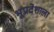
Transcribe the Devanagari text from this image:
भूप्रदेशाला